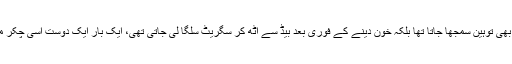
جوانی کے دن تھے، خون دینے کے بعد وہ جو جوس کا ڈبہ لا کر دیتے ہیں وہ پینا بھی توہین سمجھا جاتا تھا بلکہ خون دینے کے فوری بعد بیڈ سے اُٹھ کر سگریٹ سلگا لی جاتی تھی، ایک بار ایک دوست اسی چکر میں ہسپتال کی سیڑھیوں میں چکرا کر گر پڑا تھا، ہمیں اُس کے لالے پڑ گئے تھے!